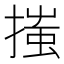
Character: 𢱟